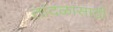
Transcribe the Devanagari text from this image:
तांदळासाठी